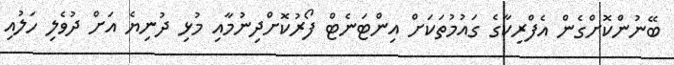
ބޭނުންކޮށްގެން އެފްރިކާގެ ގައުމުތަކަށް އިންޓަނެޓް ފޯރުކޮށްދިނުމާއި މުޅި ދުނިޔެ އަށް ދުވެލި ހަލުއި